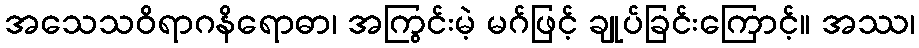
အသေသဝိရာဂနိရောဓာ၊ အကြွင်းမဲ့ မဂ်ဖြင့် ချုပ်ခြင်းကြောင့်။ အဿ၊